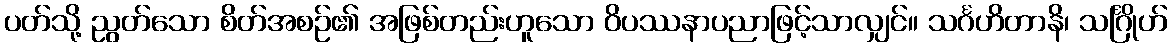
ပတ်သို့ ညွတ်သော စိတ်အစဉ်၏ အဖြစ်တည်းဟူသော ဝိပဿနာပညာဖြင့်သာလျှင်။ သင်္ဂဟိတာနိ၊ သင်္ဂြိုဟ်